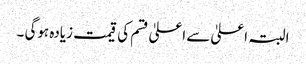
البتہ اعلیٰ سے اعلیٰ قسم کی قیمت زیادہ ہوگی ۔